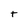
Character: t